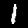
Label: 1